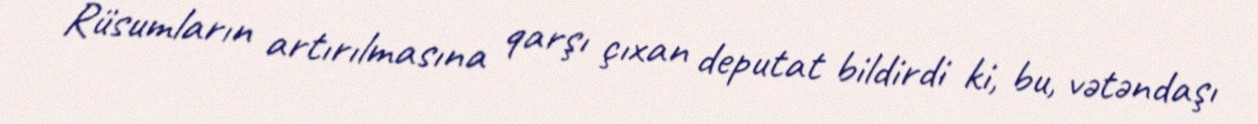
Rüsumların artırılmasına qarşı çıxan deputat bildirdi ki, bu, vətəndaşı